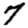
Digit: 7